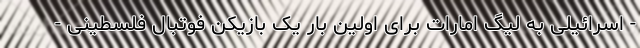
- اسرائیلی به لیگ امارات برای اولین بار یک بازیکن فوتبال فلسطینی -